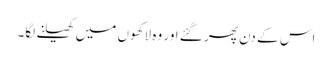
اس کے دن پھر گئے اور وہ لاکھوں میں کھیلنے لگا۔